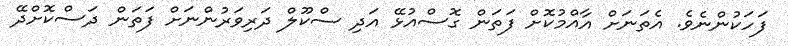
ފަހަކުންނެވެ. އެތަނަށް އާއްމުކޮށް ފަތަން ގޮސްއުޅޭ އަދި ސްކޫލް ދަރިވަރުންނަށް ފަތަން ދަސްކޮށްދޭ